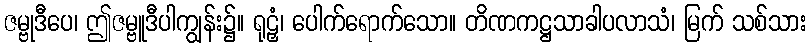
ဇမ္ဗုဒီပေ၊ ဤဇမ္ဗူဒီပါကျွန်း၌။ ရုဠှံ၊ ပေါက်ရောက်သော။ တိဏကဋ္ဌသာခါပလာသံ၊ မြက် သစ်သား